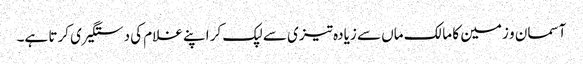
آسمان و زمین کا مالک ماں سے زیادہ تیزی سے لپک کر اپنے غلام کی دستگیری کرتا ہے۔